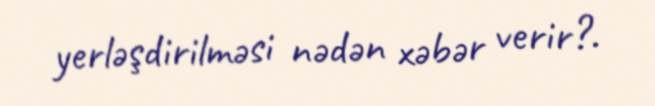
yerləşdirilməsi nədən xəbər verir?.